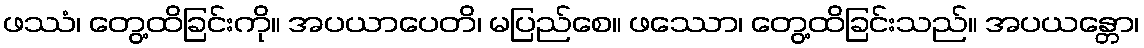
ဖဿံ၊ တွေ့ထိခြင်းကို။ အပယာပေတိ၊ မပြည်စေ။ ဖဿော၊ တွေ့ထိခြင်းသည်။ အပယန္တော၊